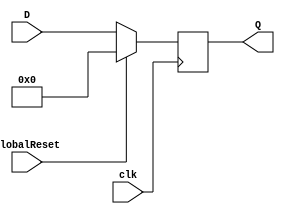
//TESTED
module FF(clk, GlobalReset,D,Q);

parameter IN_SIZE = 10;
input                       clk, GlobalReset;
input       [IN_SIZE-1:0] D;
output  reg [IN_SIZE-1:0] Q;

always@(posedge clk) begin
    if(GlobalReset) Q <= 0;
    else            Q <= D;
end

endmodule